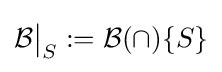
{\mathcal {B}}{\big \vert }_{S}:={\mathcal {B}}(\cap )\{S\}